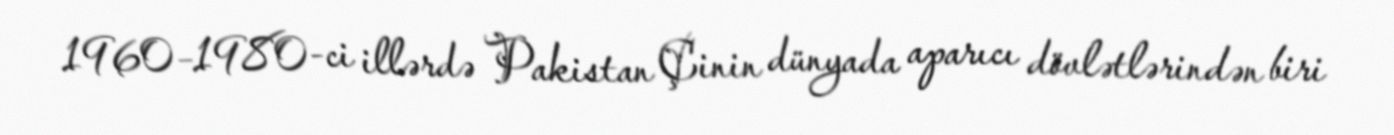
1960–1980-ci illərdə Pakistan Çinin dünyada aparıcı dövlətlərindən biri